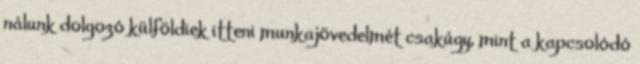
nálunk dolgozó külföldiek itteni munkajövedelmét csakúgy, mint a kapcsolódó